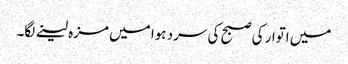
میں اتوار کی صبح کی سرد ہوا میں مزہ لینے لگا۔